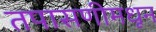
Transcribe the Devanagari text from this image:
तपासणीमधून